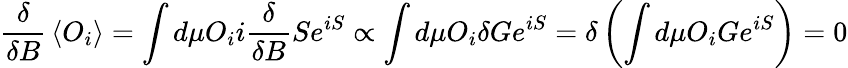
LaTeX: {\frac{\delta}{\delta B}}\left\langle O_{i}\right\rangle=\int d\mu O_{i}i{\frac{\delta}{\delta B}}Se^{iS}\propto\int d\mu O_{i}\delta Ge^{iS}=\delta\left(\int d\mu O_{i}Ge^{iS}\right)=0